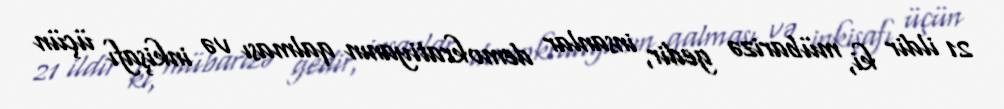
21 ildir ki, mübarizə gedir, insanlar demokratiyanın qalması və inkişafı üçün